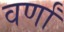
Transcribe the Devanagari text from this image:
वर्णां